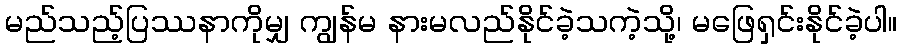
မည်သည့်ပြဿနာကိုမျှ ကျွန်မ နားမလည်နိုင်ခဲ့သကဲ့သို့၊ မဖြေရှင်းနိုင်ခဲ့ပါ။